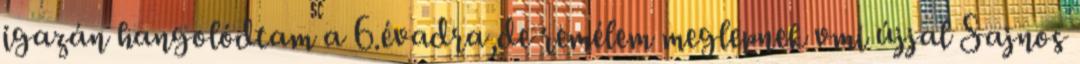
igazán hangolódtam a 6.évadra,de remélem meglepnek vmi újjal Sajnos